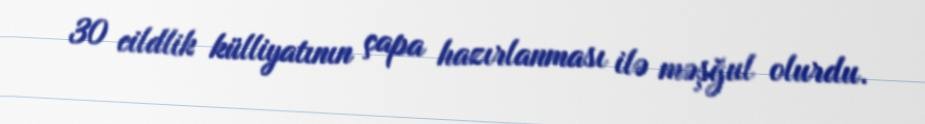
30 cildlik külliyatının çapa hazırlanması ilə məşğul olurdu.